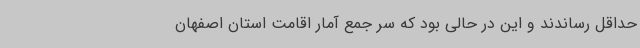
حداقل رساندند و این در حالی بود که سر جمع آمار اقامت استان اصفهان